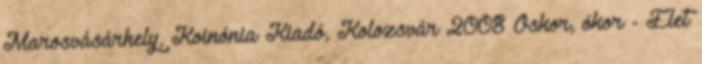
Marosvásárhely, Koinónia Kiadó, Kolozsvár 2008 Őskor, ókor - Élet